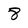
Character: 8